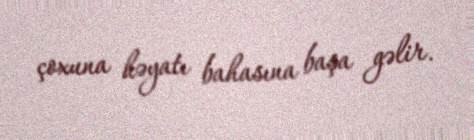
çoxuna həyatı bahasına başa gəlir.